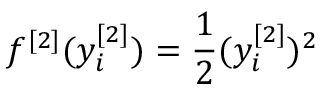
f ^ { [ 2 ] } ( y _ { i } ^ { [ 2 ] } ) = \frac { 1 } { 2 } ( y _ { i } ^ { [ 2 ] } ) ^ { 2 }